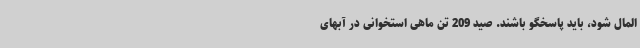
‌المال شود، باید پاسخگو باشند. صید 209 تن ماهی استخوانی در آبهای